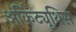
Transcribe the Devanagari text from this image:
अर्किट्यूथिस